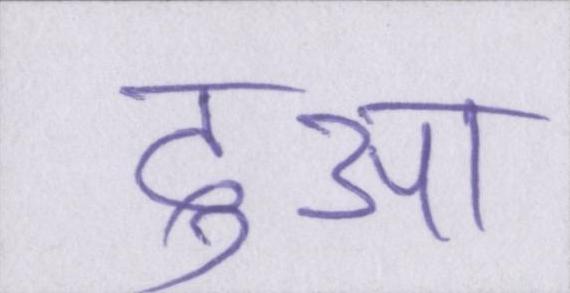
दुआ